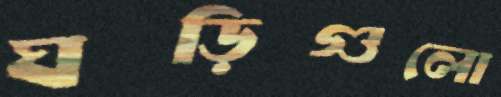
ঘড়িগুলো